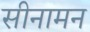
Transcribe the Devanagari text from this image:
सीनामन